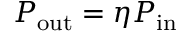
P _ { \mathrm { o u t } } = \eta P _ { \mathrm { i n } }